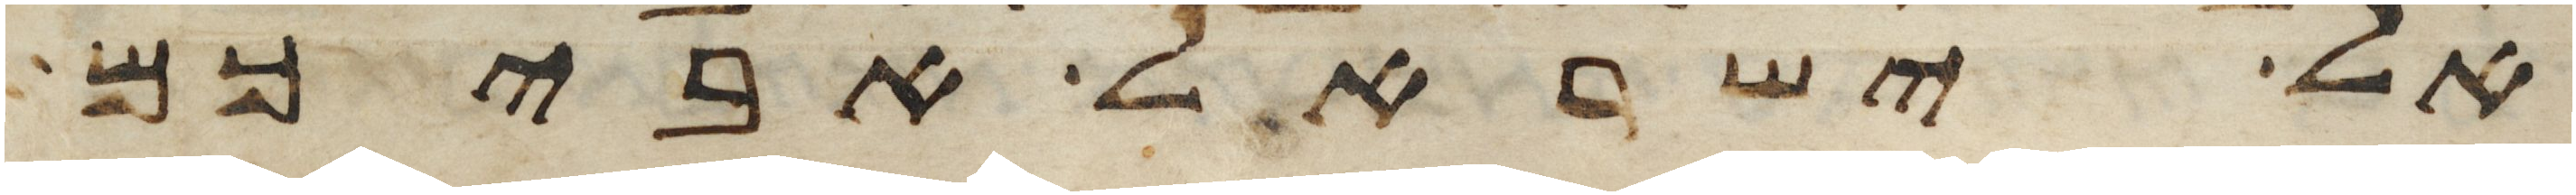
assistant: אל ישראל אביכם